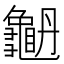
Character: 𪚫